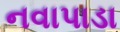
નવાપાડા